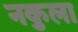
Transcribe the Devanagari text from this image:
नकुला